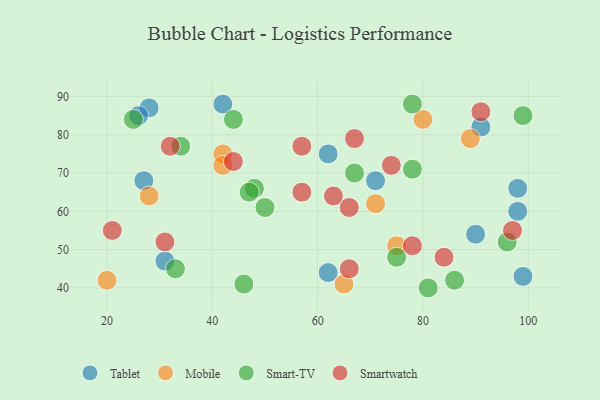
{"axis": {"x": "GDP", "y": "Life Expectancy"}, "legend": ["Mobile", "Smart-TV", "Smartwatch", "Tablet"], "data": [{"x": "31", "y": 47, "type": "Tablet"}, {"x": "71", "y": 68, "type": "Tablet"}, {"x": "62", "y": 75, "type": "Tablet"}, {"x": "62", "y": 44, "type": "Tablet"}, {"x": "28", "y": 87, "type": "Tablet"}, {"x": "27", "y": 68, "type": "Tablet"}, {"x": "90", "y": 54, "type": "Tablet"}, {"x": "26", "y": 85, "type": "Tablet"}, {"x": "98", "y": 60, "type": "Tablet"}, {"x": "42", "y": 88, "type": "Tablet"}, {"x": "99", "y": 43, "type": "Tablet"}, {"x": "91", "y": 82, "type": "Tablet"}, {"x": "98", "y": 66, "type": "Tablet"}, {"x": "75", "y": 51, "type": "Mobile"}, {"x": "80", "y": 84, "type": "Mobile"}, {"x": "20", "y": 42, "type": "Mobile"}, {"x": "71", "y": 62, "type": "Mobile"}, {"x": "42", "y": 75, "type": "Mobile"}, {"x": "65", "y": 41, "type": "Mobile"}, {"x": "42", "y": 72, "type": "Mobile"}, {"x": "89", "y": 79, "type": "Mobile"}, {"x": "28", "y": 64, "type": "Mobile"}, {"x": "81", "y": 40, "type": "Smart-TV"}, {"x": "48", "y": 66, "type": "Smart-TV"}, {"x": "67", "y": 70, "type": "Smart-TV"}, {"x": "78", "y": 71, "type": "Smart-TV"}, {"x": "47", "y": 65, "type": "Smart-TV"}, {"x": "50", "y": 61, "type": "Smart-TV"}, {"x": "44", "y": 84, "type": "Smart-TV"}, {"x": "25", "y": 84, "type": "Smart-TV"}, {"x": "34", "y": 77, "type": "Smart-TV"}, {"x": "46", "y": 41, "type": "Smart-TV"}, {"x": "78", "y": 88, "type": "Smart-TV"}, {"x": "75", "y": 48, "type": "Smart-TV"}, {"x": "96", "y": 52, "type": "Smart-TV"}, {"x": "99", "y": 85, "type": "Smart-TV"}, {"x": "86", "y": 42, "type": "Smart-TV"}, {"x": "33", "y": 45, "type": "Smart-TV"}, {"x": "57", "y": 77, "type": "Smartwatch"}, {"x": "66", "y": 61, "type": "Smartwatch"}, {"x": "63", "y": 64, "type": "Smartwatch"}, {"x": "97", "y": 55, "type": "Smartwatch"}, {"x": "44", "y": 73, "type": "Smartwatch"}, {"x": "57", "y": 65, "type": "Smartwatch"}, {"x": "78", "y": 51, "type": "Smartwatch"}, {"x": "66", "y": 45, "type": "Smartwatch"}, {"x": "84", "y": 48, "type": "Smartwatch"}, {"x": "67", "y": 79, "type": "Smartwatch"}, {"x": "91", "y": 86, "type": "Smartwatch"}, {"x": "32", "y": 77, "type": "Smartwatch"}, {"x": "31", "y": 52, "type": "Smartwatch"}, {"x": "21", "y": 55, "type": "Smartwatch"}, {"x": "74", "y": 72, "type": "Smartwatch"}]}